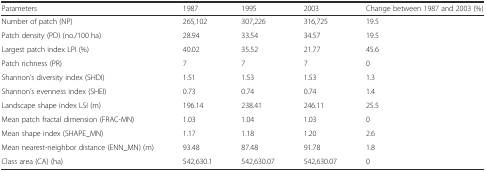
<table><thead><tr><td><b>Parameters</b></td><td><b>1987</b></td><td><b>1995</b></td><td><b>2003</b></td><td><b>Change between 1987 and 2003 (%)</b></td></tr></thead><tbody><tr><td>Number of patch (NP)</td><td>265,102</td><td>307,226</td><td>316,725</td><td>19.5</td></tr><tr><td>Patch density (PD) (no./100 ha)</td><td>28.94</td><td>33.54</td><td>34.57</td><td>19.5</td></tr><tr><td>Largest patch index LPI (%)</td><td>40.02</td><td>35.52</td><td>21.77</td><td>45.6</td></tr><tr><td>Patch richness (PR)</td><td>7</td><td>7</td><td>7</td><td>0</td></tr><tr><td>Shannon’s diversity index (SHDI)</td><td>1.51</td><td>1.53</td><td>1.53</td><td>1.3</td></tr><tr><td>Shannon’s evenness index (SHEI)</td><td>0.73</td><td>0.74</td><td>0.74</td><td>1.4</td></tr><tr><td>Landscape shape index LSI (m)</td><td>196.14</td><td>238.41</td><td>246.11</td><td>25.5</td></tr><tr><td>Mean patch fractal dimension (FRAC-MN)</td><td>1.03</td><td>1.04</td><td>1.03</td><td>0</td></tr><tr><td>Mean shape index (SHAPE_MN)</td><td>1.17</td><td>1.18</td><td>1.20</td><td>2.6</td></tr><tr><td>Mean nearest-neighbor distance (ENN_MN) (m)</td><td>93.48</td><td>87.48</td><td>91.78</td><td>1.8</td></tr><tr><td>Class area (CA) (ha)</td><td>542,630.1</td><td>542,630.07</td><td>542,630.07</td><td>0</td></tr></tbody></table>